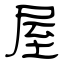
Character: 屋